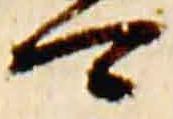
可